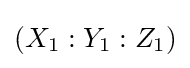
(X_{1}:Y_{1}:Z_{1})